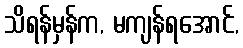
သိရန်မှန်က, မကျန်ရအောင်,